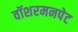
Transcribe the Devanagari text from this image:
वॉशरमनपेट